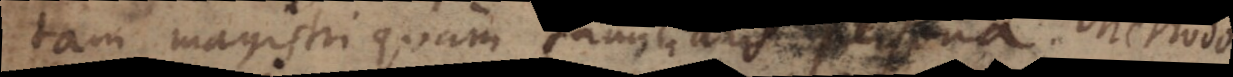
tam magistri quam familiaris persona. Method